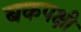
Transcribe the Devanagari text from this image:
बकपक्षी